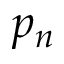
p _ { n }